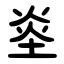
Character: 烾